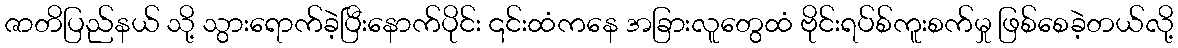
ဇာတိပြည်နယ် သို့ သွားရောက်ခဲ့ပြီးနောက်ပိုင်း ၎င်းထံကနေ အခြားလူတွေထံ ဗိုင်းရပ်စ်ကူးစက်မှု ဖြစ်စေခဲ့တယ်လို့